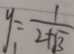
y _ { 1 } = \frac { 1 } { 2 + \sqrt { 3 } }